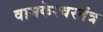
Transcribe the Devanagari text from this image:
वामकेश्वरतंत्र